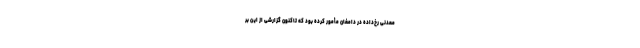
معدنی رخ‌داده در دامغان مأمور کرده بود که تاکنون گزارشی از این بر